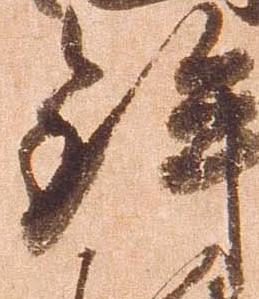
鉾